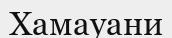
Хамауани